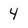
Character: 4